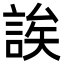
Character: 誒